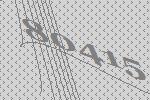
80415